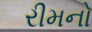
રીમનો